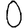
Digit: 0